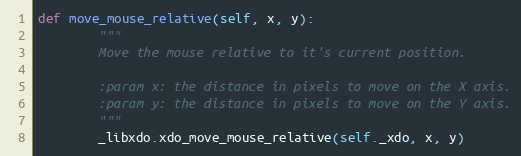
Language: Python
def move_mouse_relative(self, x, y):
        """
        Move the mouse relative to it's current position.

        :param x: the distance in pixels to move on the X axis.
        :param y: the distance in pixels to move on the Y axis.
        """
        _libxdo.xdo_move_mouse_relative(self._xdo, x, y)